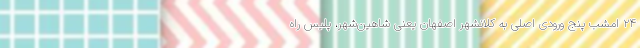
۲۴ امشب پنج ورودی اصلی به کلانشهر اصفهان یعنی شاهین‌شهر، پلیس راه